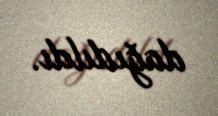
dağıdıldı.